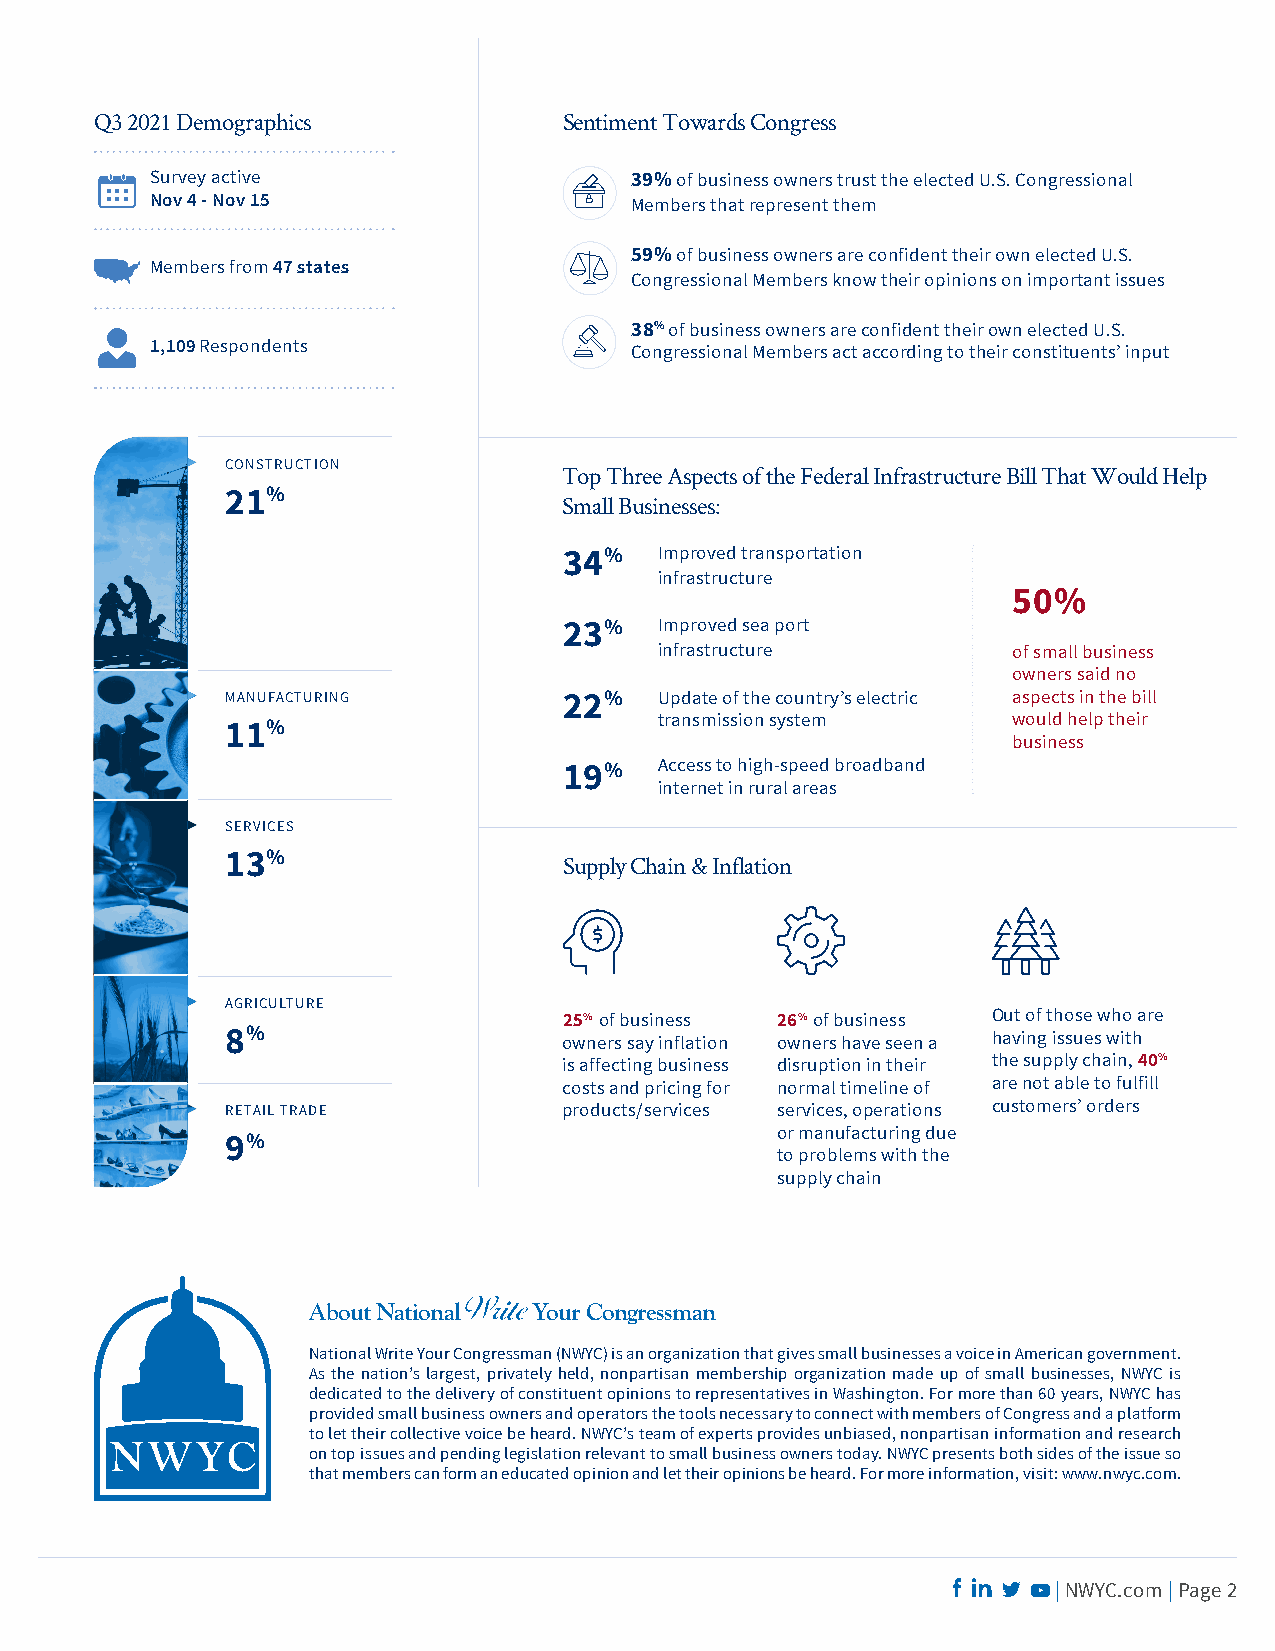
Q3 2021 Demographics           Sentiment Towards Congress
 Survey active                   39% of business owners trust the elected U.S. Congressional
 Nov 4 - Nov 15                  Members that represent them
 59% of business owners are confident their own elected U.S.
 Members from 47 states
 Congressional Members know their opinions on important issues
 38% of business owners are confident their own elected U.S.
 1,109 Respondents               Congressional Members act according to their constituents’ input
 CONSTRUCTION
 Top Three Aspects of the Federal Infrastructure Bill That Would Help
 21%
 Small Businesses:
 34%    Improved transportation
 infrastructure
 50%
 23%    Improved sea port
 infrastructure         of small business
 owners said no
 MANUFACTURING         22%    Update of the country’s electric aspects in the bill
 transmission system    would help their
 11%
 business
 19%    Access to high-speed broadband
 internet in rural areas
 SERVICES
 13%                   Supply Chain & Inflation
 AGRICULTURE
 25% of business 26% of business Out of those who are
 8%                    owners say inflation owners have seen a having issues with
 is affecting business disruption in their the supply chain, 40%
 costs and pricing for normal timeline of are not able to fulfill
 RETAIL TRADE          products/services services, operations customers’ orders
 or manufacturing due
 9%
 to problems with the
 supply chain
 About National Your Congressman
 National Write Your Congressman (NWYC) is an organization that gives small businesses a voice in American government.
 As the nation’s largest, privately held, nonpartisan membership organization made up of small businesses, NWYC is
 dedicated to the delivery of constituent opinions to representatives in Washington. For more than 60 years, NWYC has
 provided small business owners and operators the tools necessary to connect with members of Congress and a platform
 to let their collective voice be heard. NWYC’s team of experts provides unbiased, nonpartisan information and research
 on top issues and pending legislation relevant to small business owners today. NWYC presents both sides of the issue so
 that members can form an educated opinion and let their opinions be heard. For more information, visit: www.nwyc.com.
 | NWYC.com | Page 2